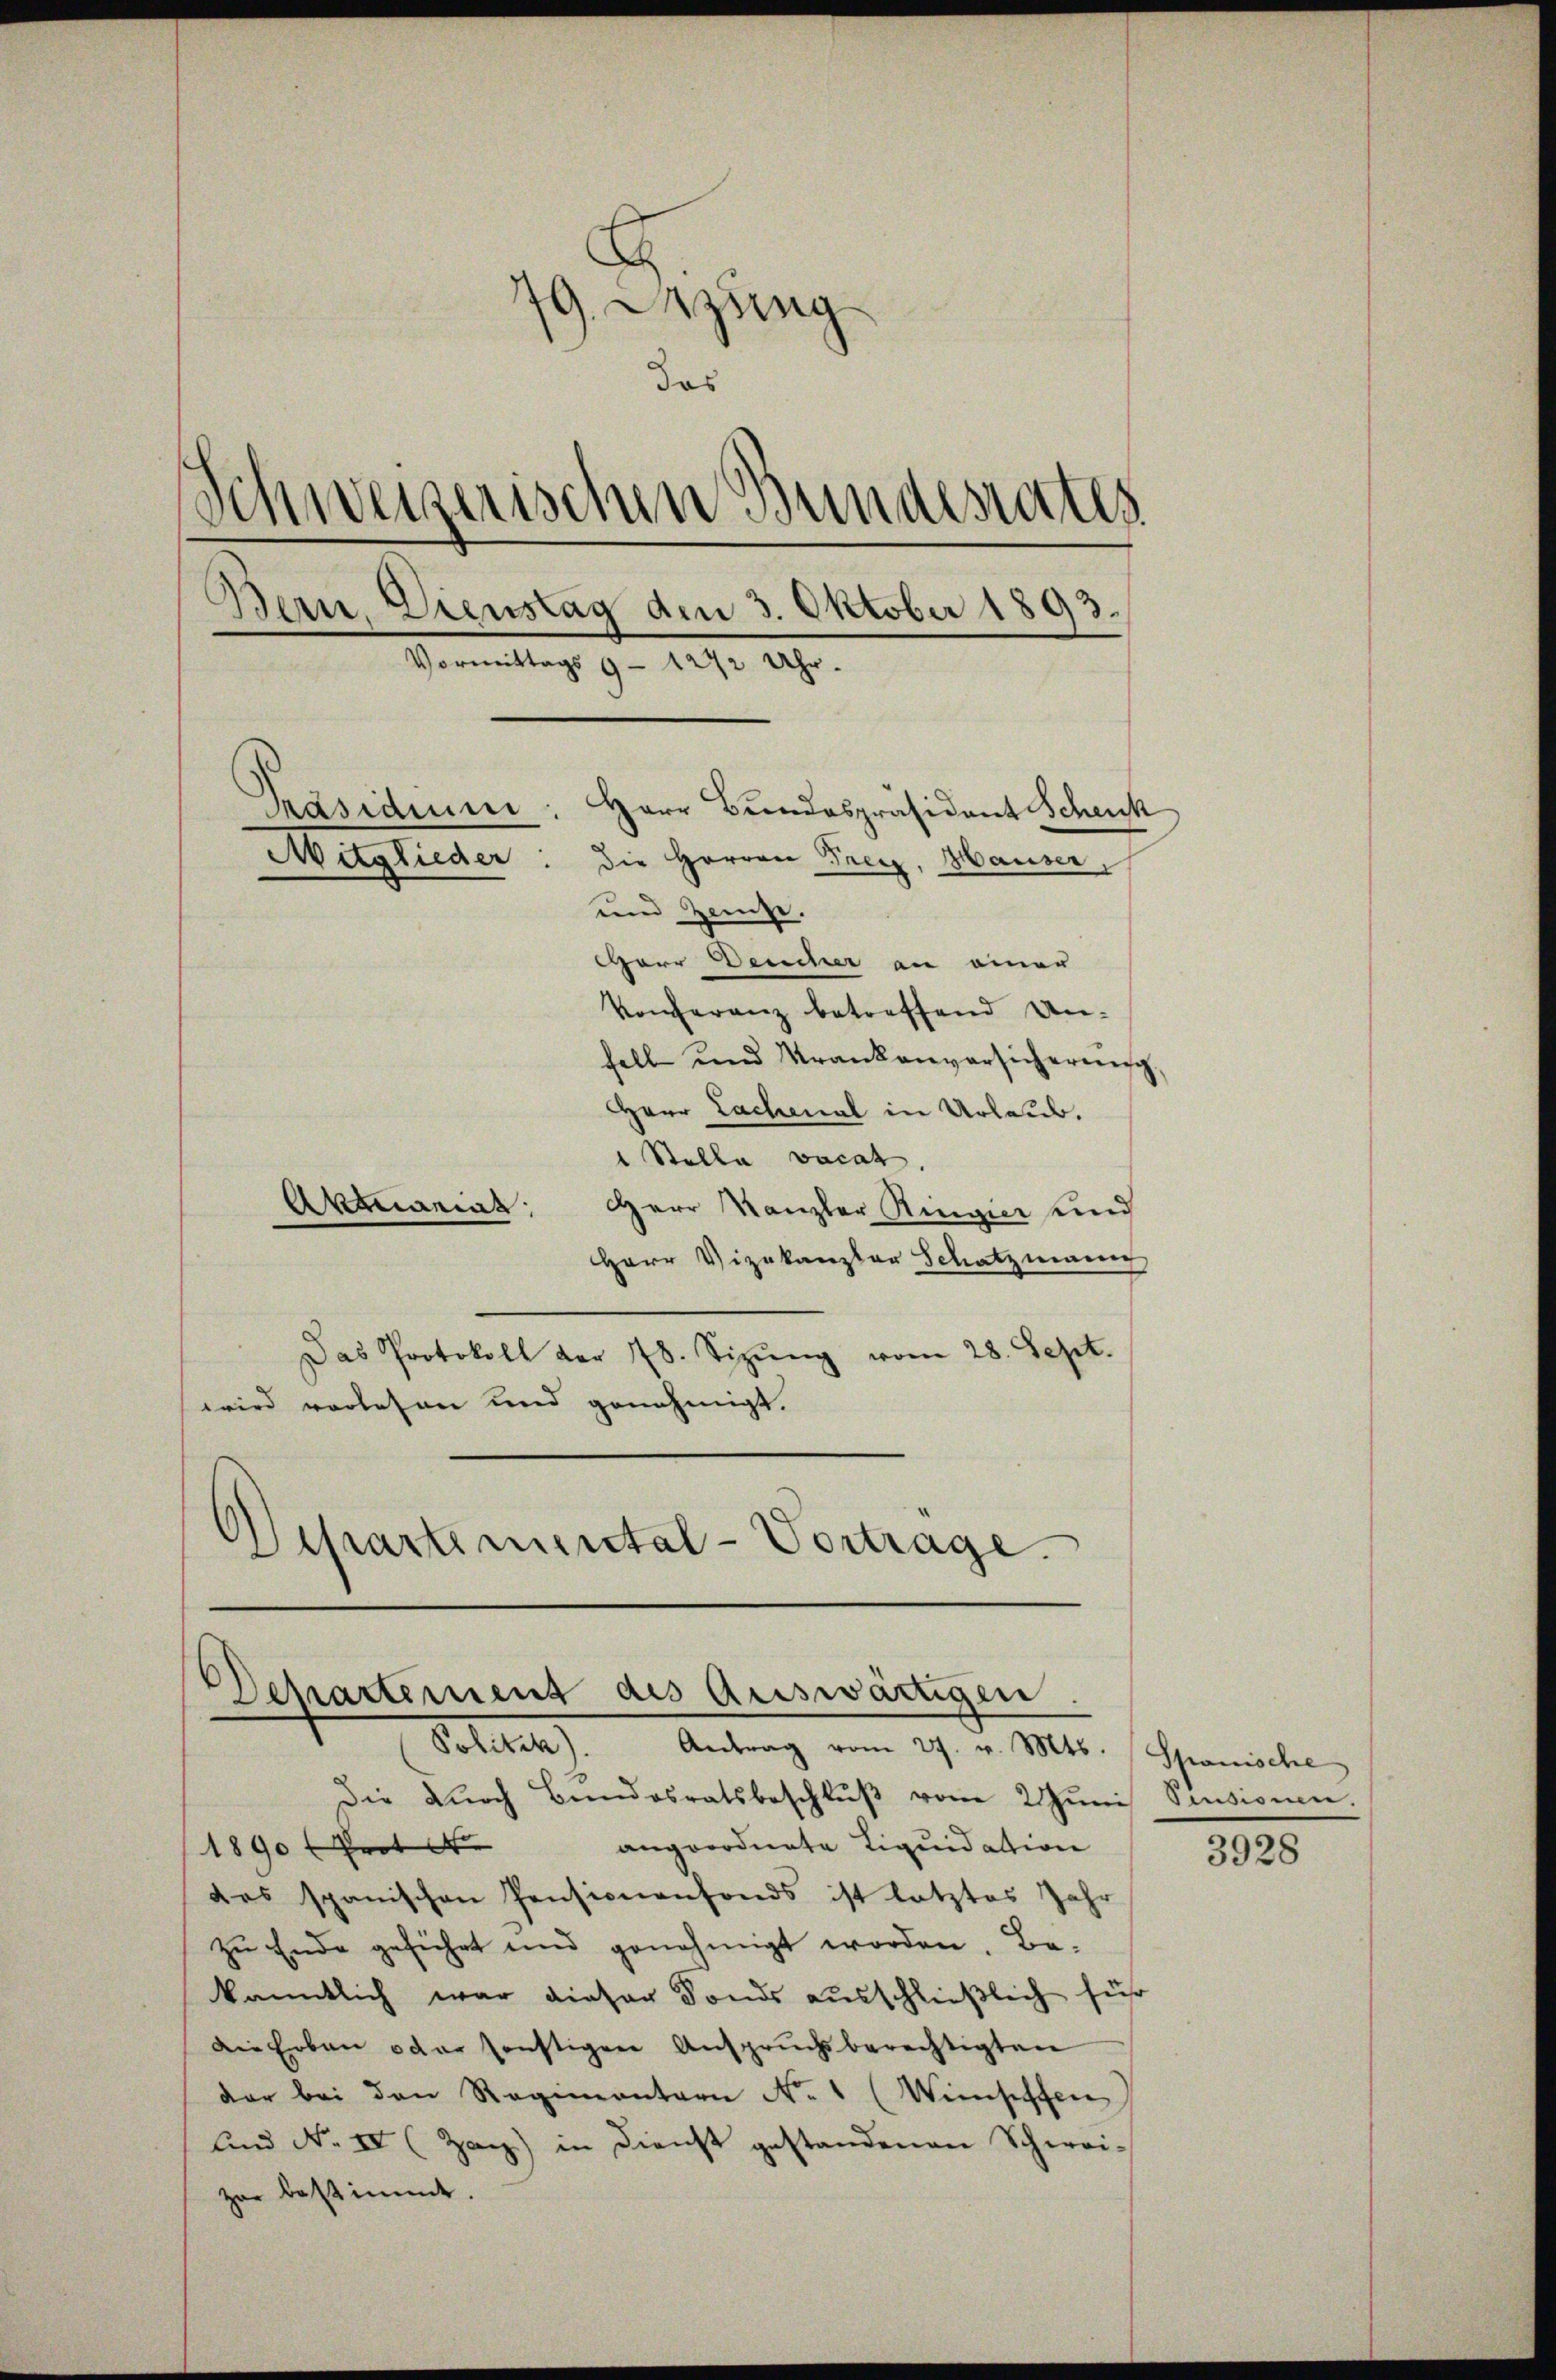
.
79. Dezung
das
Schweizerischen Bundesrates
Bern, Dienstag den 3. Oktober 1893.
Vormittags 9 - 1272 Uhr.
Präsidium: Herr Bundespräsident Schenk
Mitglieder
die Herren Freiz, Hauser,
und Zweite.
Herr Deucher an einer
Konferenz betreffend Unfall und Krankenversicherung,
Herr Lachenal in Urlaub.

" Stalla vacat.
Aktuariat, Herr Kanzler Ringier und
Herr Vizekanzler Schatzmann
Das Protokoll der 78. Sizŭng vom 28. Sept.
wird vorlesen und genehmigt.
Departemental-Vortrage.

Departement des Auswärtigen.
Politik). Antrag vom 27. v. Mts. Spanische

Die Dŭrch Bundesratsbeschlŭβ vom 2. Jŭni Pensionen.
angeordnete Liquidation
1890 f Prot. N
das spanischen Pensionenfonds ist letztes Jahr
zu Ende geführt und genehmigt worden. Be-
kanntlich war dieser Fonds ausschließlich führ
Die Erbau oder sonstigen Ansprŭchsberechtigten
dar bei den Regimentari No 1 (Wiesessen
und N. IV (Zag) in Dienst gestandenen Schwei-
zur bestimmt.

3928